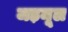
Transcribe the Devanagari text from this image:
जड़मूल